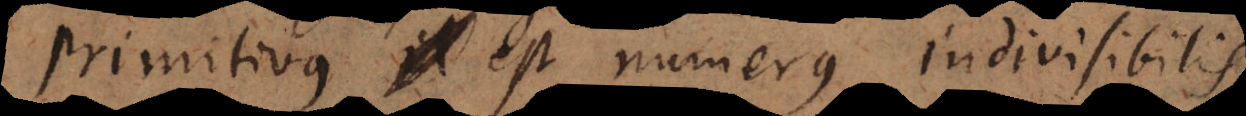
tivus est numerus indivisibilis.